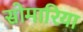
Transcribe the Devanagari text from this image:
सोमारिया